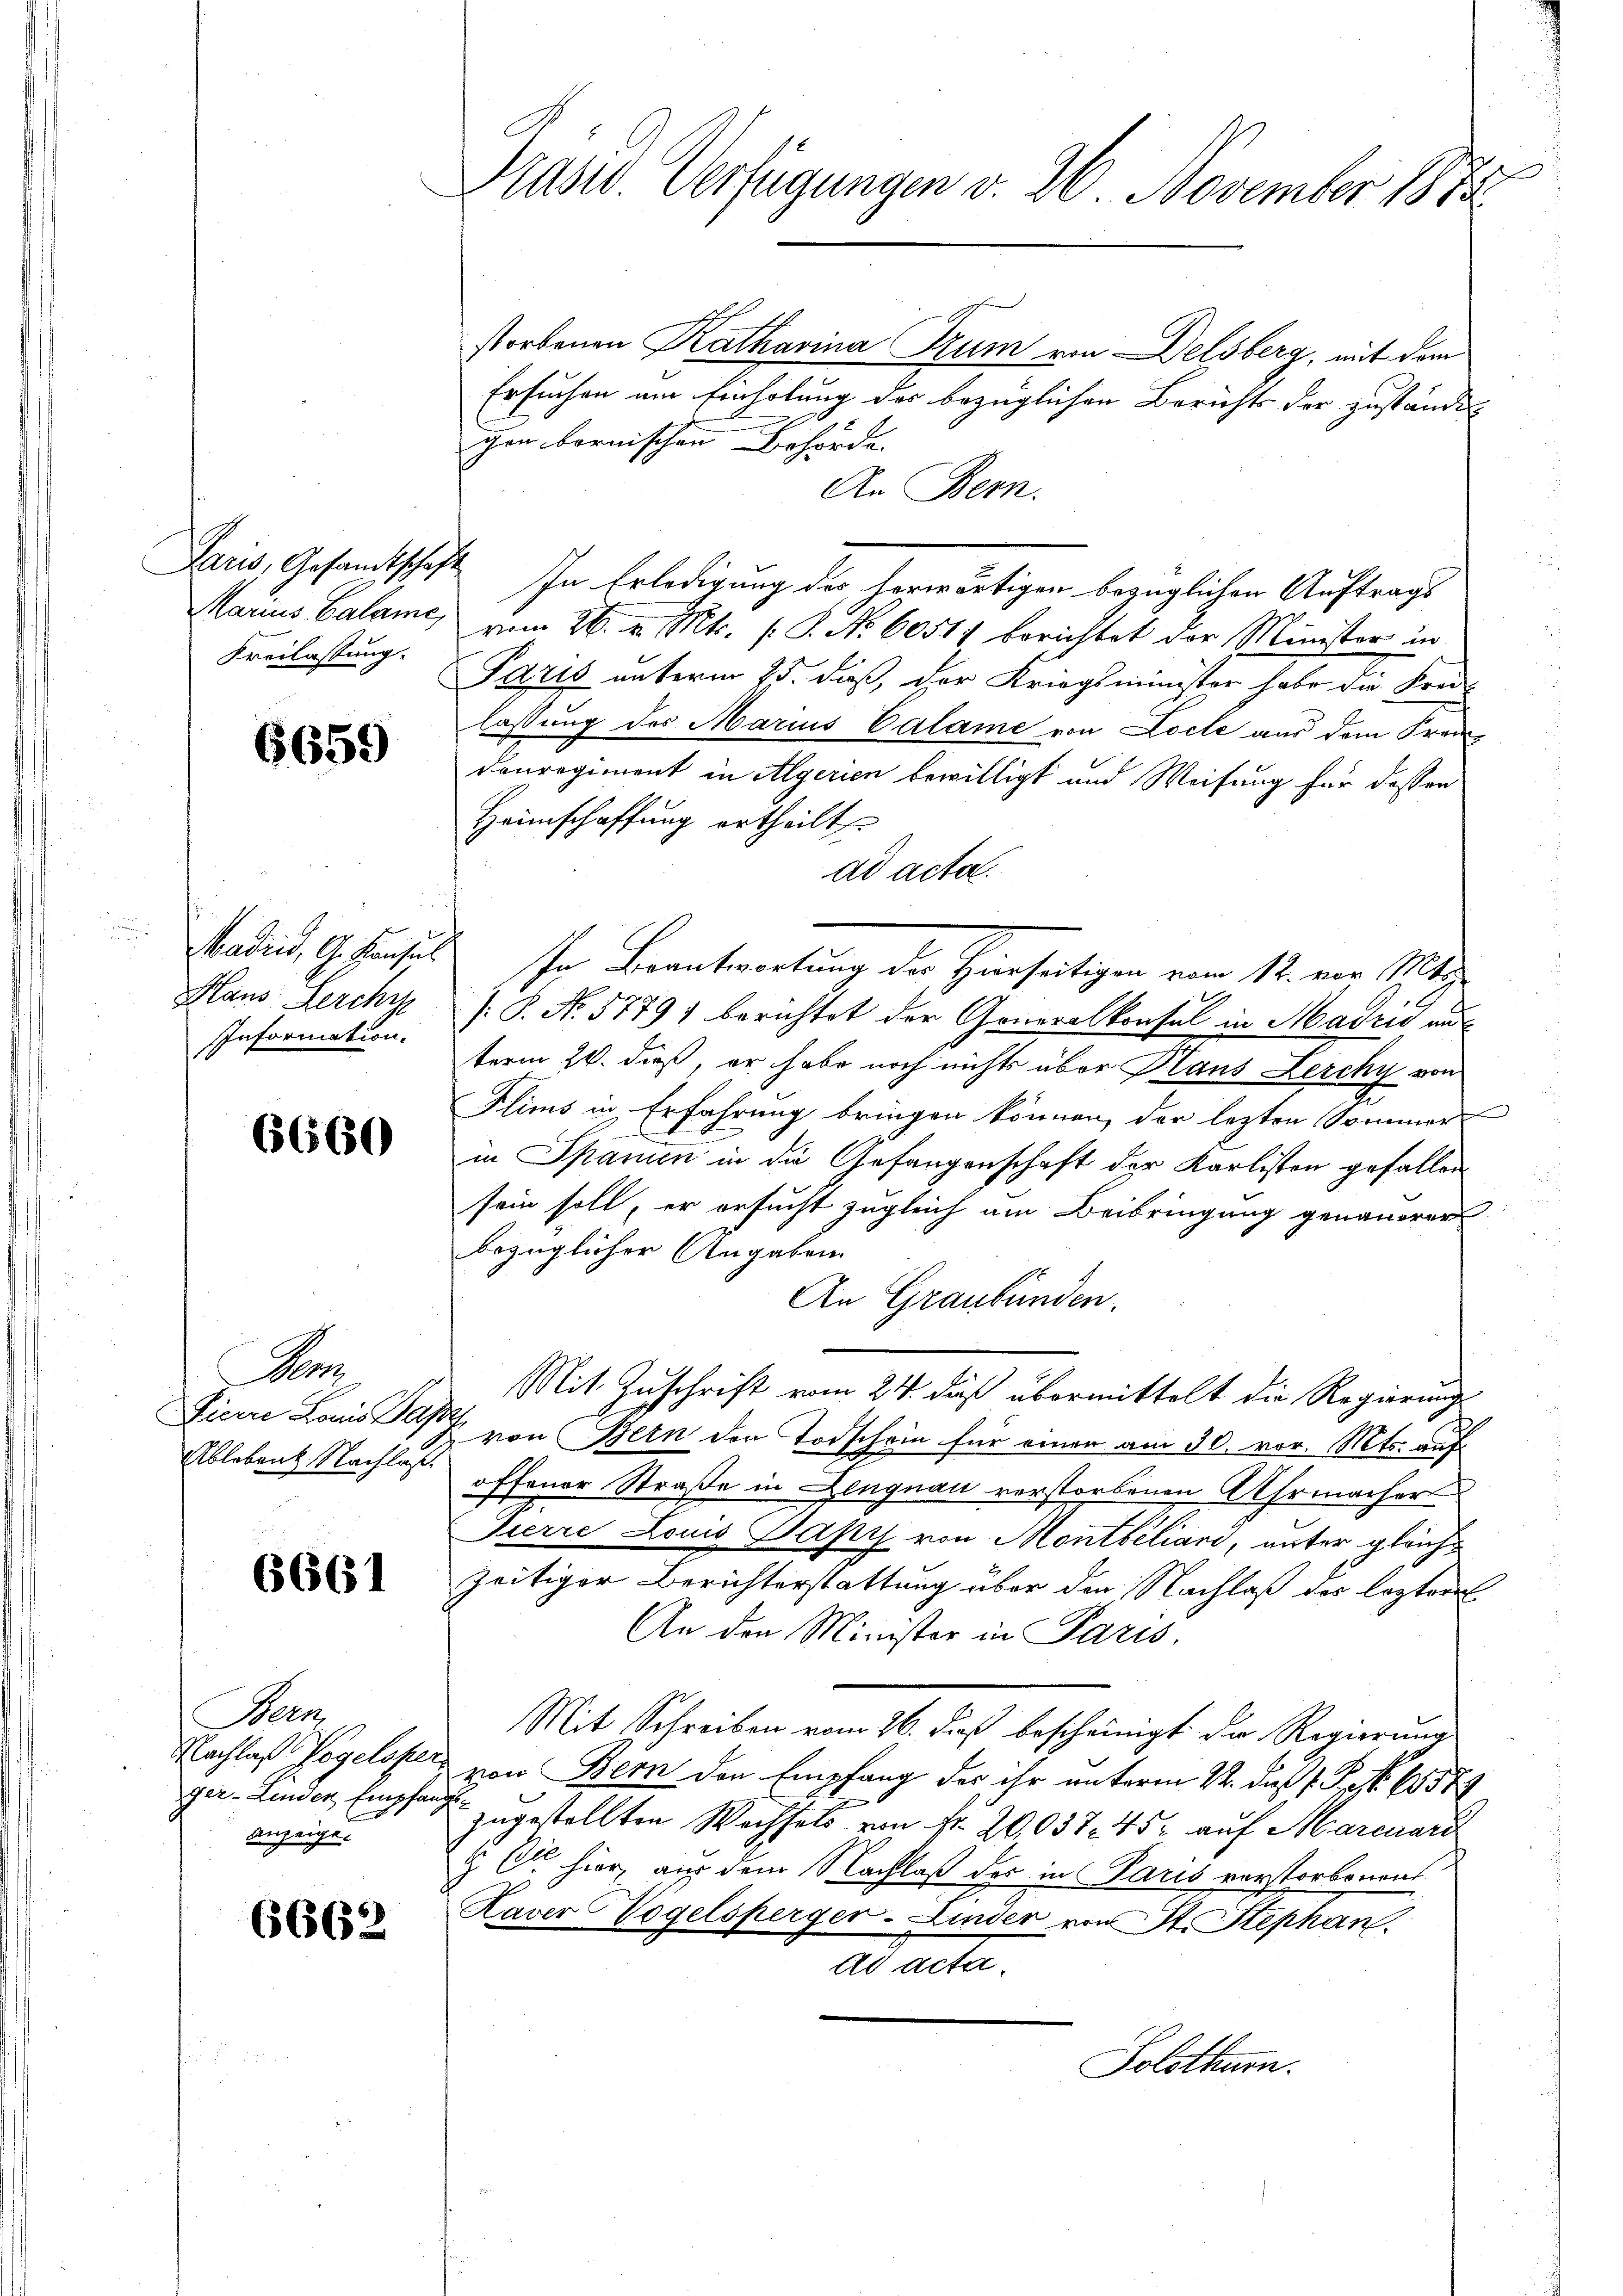
Paris, Gesamtschaft
Freilassung.

6659

Madrid, G. Konsul
Haus Lerchy
Information.

6660

A
Zierre Louis Ba
Ablebent. Nachlass.

6661

Bern,
ger-Linden Empfan
anzeige.

6662

Präsid. Verfügungen v. 26. November 1872

storbenen Katharina Szum von Delsberg, mit dem
Ersuchen am Einholung des bezüglichen Berichts der zuständen
gen bornischen Behörde.
An Bern.
In Erledigung des horwärtigen bezüglichen Auftrags
Marius Calame, vom 26. v. Mts. (: P. Nr. 60517 berichtet der Minister in
Paris unterm 25. daß, der Kriegsminister habe die Kreislassung des Marius Calame von Locte aus dem Frei-
Conregiment in Algerien bewilligt und Weisung für dassen
Heimschaffung ertheilt
ad acta.
In Beantwortung der Hirseitigen vom 12. ein Mitt
[: P. Nr. 5779) berichtet der Generalkonsul in Mairis au
term 20. dieß, er habe noch nichts über Haus Lerchy von
Flims in Erfahrung bringen können, der lezten Sommer-
in Spanien in die Gefangenschaft der Karlisten gefallen
sein soll, er ersucht zugleich am Beibringung genauerer
bezüglicher Angaben.
An Graubünden.
Mit Zuschrift vom 24. daß übermittelt die Regierungs
 von Bern den Todschein für einen am 30. vor. Mts. auf
offener Straße in Lengnau verstorbenen Uhrmacher
Zierre Louis Papi von Montbiliari, unter gleichzeitiger Berichterstattung über den Nachlaß des lezter
An den Minister in Paris.
Mit Schreiben vom 26. dieß bescheinigt da Regierung
Nachlaß Vogeloser von Bern den Empfang des ihr unterm 22. daß P. Nr. 6557
zugestellten Wechsels von Nr. 20,037. 452 auf Marcuard
  hier, aus dem Nachlaß der in Paris vorstorbenent
Kaver Vogelsperger-Linder von St. Stephan.
Ad atte.
Solothurn.